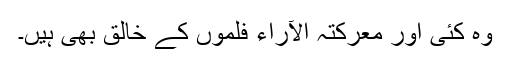
وہ کئی اور معرکتہ الآراء فلموں کے خالق بھی ہیں۔